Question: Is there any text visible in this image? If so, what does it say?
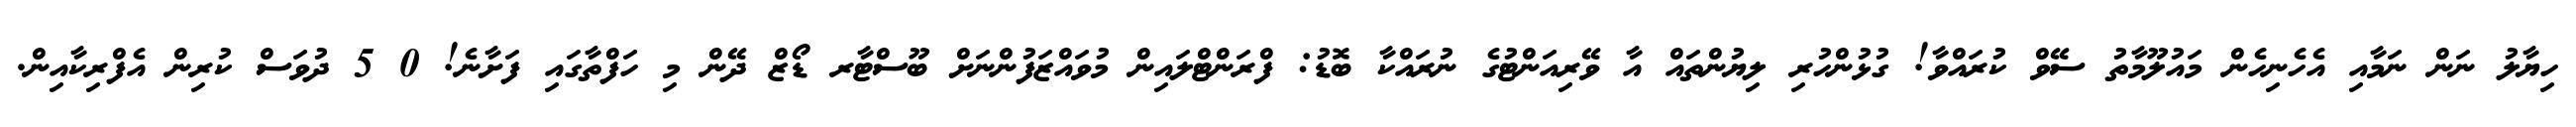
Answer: ހިޔާލު ނަން ނަމާއި އެހެނިހެން މައުލޫމާތު ސޭވް ކުރައްވާ! ގުޅުންހުރި ލިޔުންތައް އާ ވޭރިއަންޓުގެ ނުރައްކާ ބޮޑު: ފްރަންޓްލައިން މުވައްޒަފުންނަށް ބޫސްޓާރ ޑޯޒް ދޭން މި ހަފްތާގައި ފަށާނެ! 0 5 ދުވަސް ކުރިން އެފްރިކާއިން.